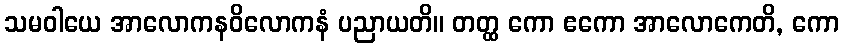
သမဝါယေ အာလောကနဝိလောကနံ ပညာယတိ။ တတ္ထ ကော ဧကော အာလောကေတိ, ကော